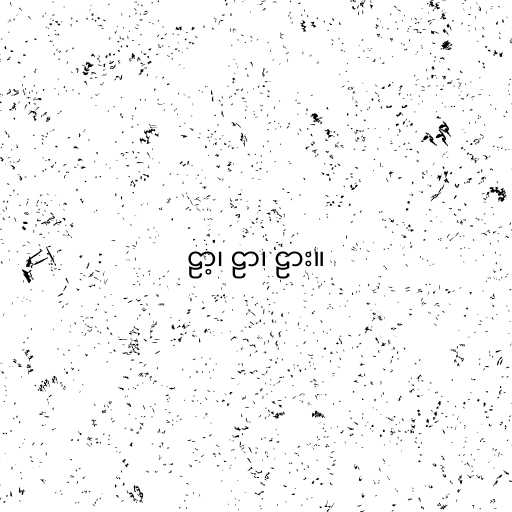
ဠာ့၊ ဠာ၊ ဠား။